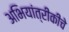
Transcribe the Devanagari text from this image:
अभियांत्रीकीचे